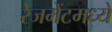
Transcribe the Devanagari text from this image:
रेजमेंटमध्ये